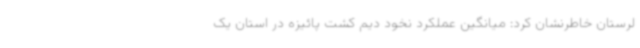
لرستان خاطرنشان کرد: میانگین عملکرد نخود دیم کشت پائیزه در استان یک